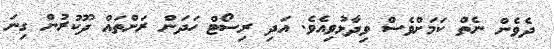
ދެވެން ނެތް ކަމަށްވެސް ވިދާޅުވިއެވެ. އަދި ރިސޯޓް ހަދަން ރަށްތައް ދޫކުުރުން ގިނަ